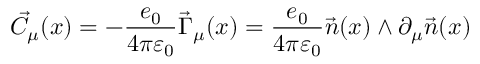
\vec { C } _ { \mu } ( x ) = - \frac { e _ { 0 } } { 4 \pi \varepsilon _ { 0 } } \vec { \Gamma } _ { \mu } ( x ) = \frac { e _ { 0 } } { 4 \pi \varepsilon _ { 0 } } \vec { n } ( x ) \wedge \partial _ { \mu } \vec { n } ( x )